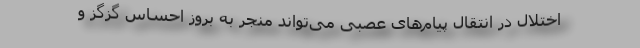
اختلال در انتقال پیام‌های عصبی می‌تواند منجر به بروز احساس گزگز و